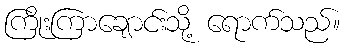
ကြိုးကြာချောင်းသို့ ရောက်သည်။